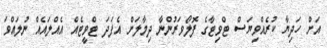
އަށް ހަދިޔާ ކުރެއްވިޔަސް ޓްވިޓާގެ ފޮލޯވަރުންނާ ދިމާލަށް އެފަދަ ޓްވީޓެއް އެއްލައެއް ނުލައްވަ